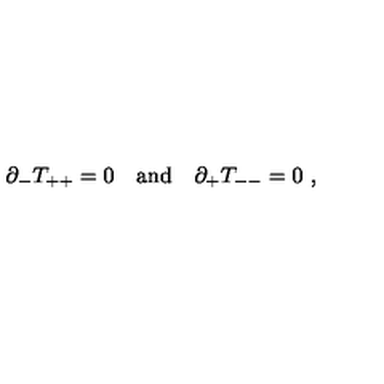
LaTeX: \partial _ { - } T _ { + + } = 0 \quad \mathrm { a n d } \quad \partial _ { + } T _ { -- } = 0 \ ,